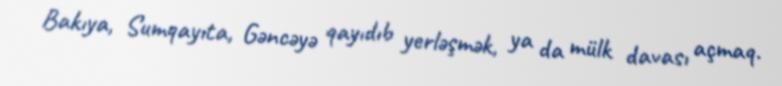
Bakıya, Sumqayıta, Gəncəyə qayıdıb yerləşmək, ya da mülk davası açmaq.